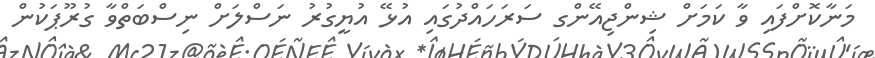
މަނާކޮށްފައި ވާ ކަމަށް ޝިންޖިއޭންގ ސަރަހައްދުގައި އުޅޭ އުޔީގުރު ނަސްލަށް ނިސްބަތްވާ ގުރޫޕަކުން